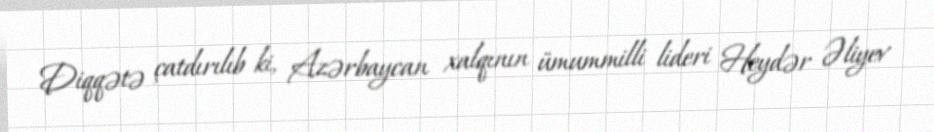
Diqqətə çatdırılıb ki, Azərbaycan xalqının ümummilli lideri Heydər Əliyev